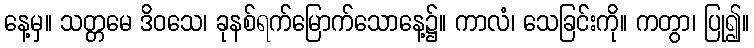
နေ့မှ။ သတ္တမေ ဒိဝသေ၊ ခုနစ်ရက်မြောက်သောနေ့၌။ ကာလံ၊ သေခြင်းကို။ ကတွာ၊ ပြု၍။